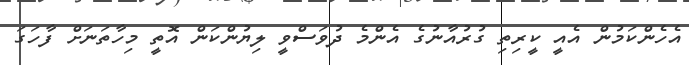
އެހެންކަމުން އެއީ ކީރިތި ގުރުއާނުގެ އެންމެ ދުވަސްވީ ލިޔުންކަން އޮތީ މިހާތަނަށް ފާހަގަ